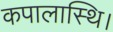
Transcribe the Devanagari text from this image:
कपालास्थि।